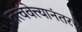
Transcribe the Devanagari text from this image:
तत्त्ववेत्त्यानंतरचे